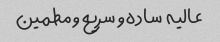
عالیه  ساده و سریع و مطمین